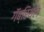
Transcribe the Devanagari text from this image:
गॅब्रियल